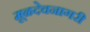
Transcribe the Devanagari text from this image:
मूळदेवनागरी